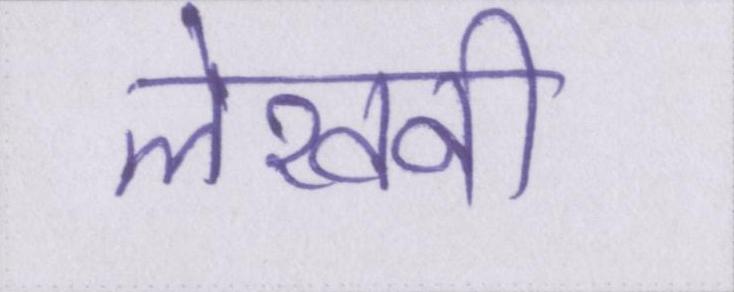
लेखनी